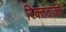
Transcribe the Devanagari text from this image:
रिक्तताको